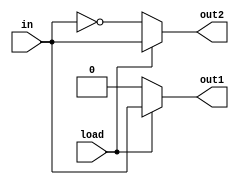
module test(input wire load, in,
	    output reg out1, out2);

   (* ivl_combinational *)
   always @* begin
      out1 = 0;
      if (load) begin
	 out1 = in;
	 out2 = in;
      end else begin
	 out2 = ~in;
      end
   end

endmodule